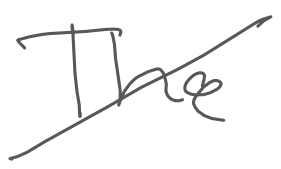
Text: The
Cross-out: diagonal
Writing tool: digital_gray